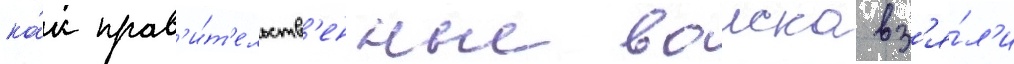
ка́к прав'и́т'ельств'енные воиска вз'я́л'и